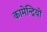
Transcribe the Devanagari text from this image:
कामेन्द्रियों